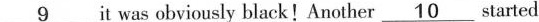
\underline{9} it was obviously black! Another \underline{10} started